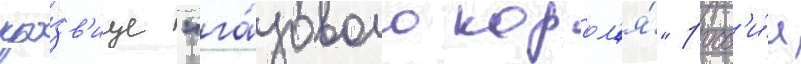
про́зв'ище "га́зового корол'я́" росс'и́и